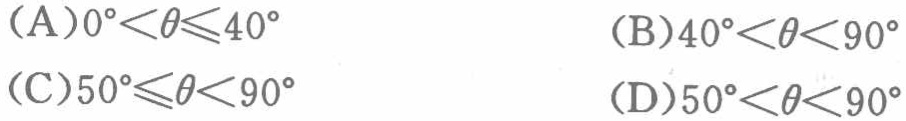
(A)\(0^{\circ}<\theta\leqslant40^{\circ}\)  (B)\(40^{\circ}<\theta<90^{\circ}\)
(C)\(50^{\circ}\leqslant\theta<90^{\circ}\)  (D)\(50^{\circ}<\theta<90^{\circ}\)